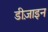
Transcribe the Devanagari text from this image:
डीज़ाइन